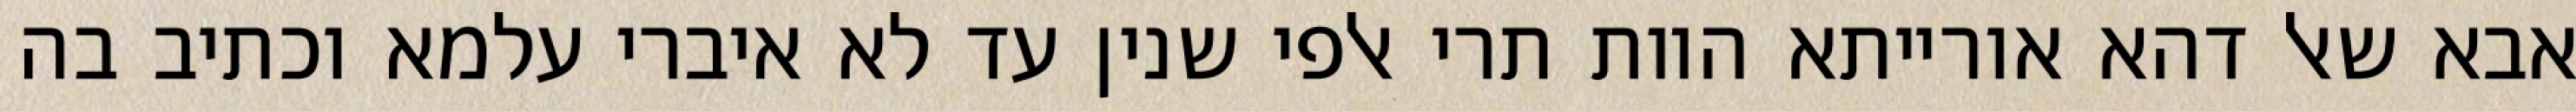
אבא שאל דהא אורייתא הוות תרי אלפי שנין עד לא איברי עלמא וכתיב בה